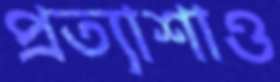
প্রত্যাশাও